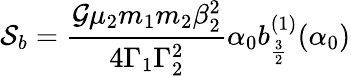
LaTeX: \mathcal{S}_{b}=\frac{\mathcal{G}\mu_{2}m_{1}m_{2}\beta_{2}^{2}}{4\Gamma_{1}\Gamma_{2}^{2}}\alpha_{0}b_{\frac{3}{2}}^{(1)}(\alpha_{0})